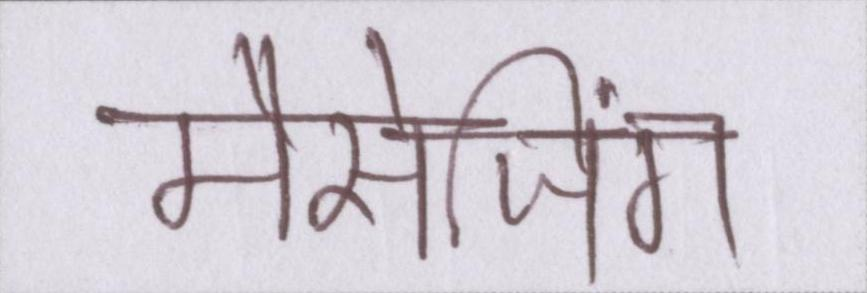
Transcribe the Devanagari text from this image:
मैसेजिंग